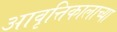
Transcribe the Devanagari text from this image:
आवृत्तिकालाच्या